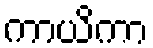
ကာယိကာ